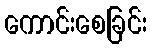
ကောင်းစေခြင်း